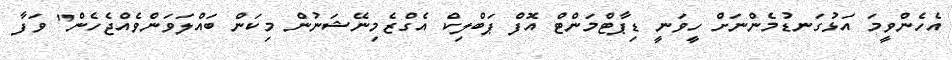
އެހެންވީމަ އަޅުގަނޑުމެންނަށް ހީވަނީ ޑިޕާޓްމަންޓް އޮފް ޕަބްލިކް އެގްޒެމިނޭޝަނުން މިކަން ބައްލަވަންވެއްޖެހެން" ވަފާ